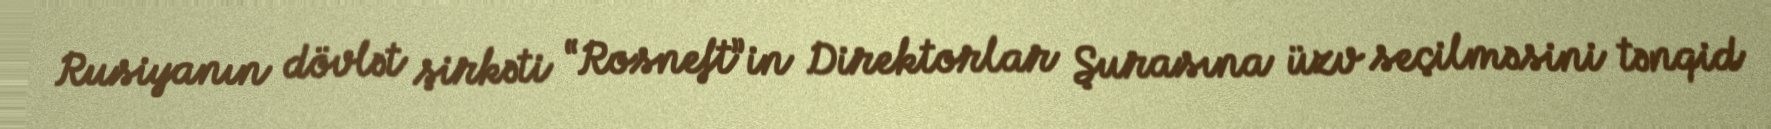
Rusiyanın dövlət şirkəti “Rosneft”in Direktorlar Şurasına üzv seçilməsini tənqid